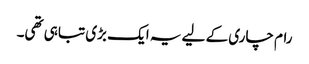
رام چاری کے لیے یہ ایک بڑی تباہی تھی۔